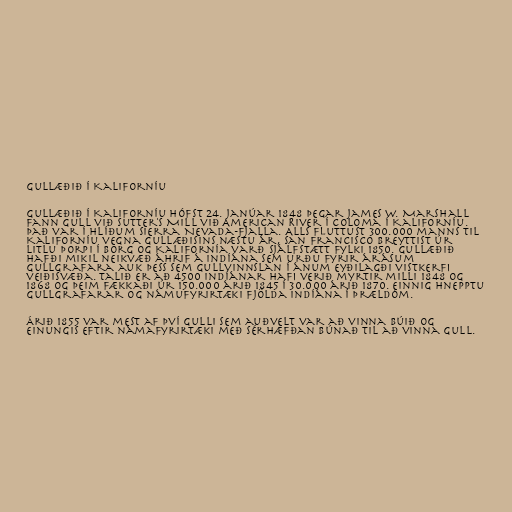
Gullæðið í Kaliforníu

Gullæðið í Kaliforníu hófst 24. janúar 1848 þegar James W. Marshall
fann gull við Sutter's Mill við American River í Coloma í Kaliforníu.
Það var í hlíðum Sierra Nevada-fjalla. Alls fluttust 300.000 manns til
Kaliforníu vegna gullæðisins næstu ár, San Francisco breyttist úr
litlu þorpi í borg og Kalifornía varð sjálfstætt fylki 1850. Gullæðið
hafði mikil neikvæð áhrif á indíána sem urðu fyrir árásum
gullgrafara auk þess sem gullvinnslan í ánum eyðilagði vistkerfi
veiðisvæða. Talið er að 4500 indíánar hafi verið myrtir milli 1848 og
1868 og þeim fækkaði úr 150.000 árið 1845 í 30.000 árið 1870. Einnig hnepptu
gullgrafarar og námufyrirtæki fjölda indíána í þrældóm.

Árið 1855 var mest af því gulli sem auðvelt var að vinna búið og
einungis eftir námafyrirtæki með sérhæfðan búnað til að vinna gull.